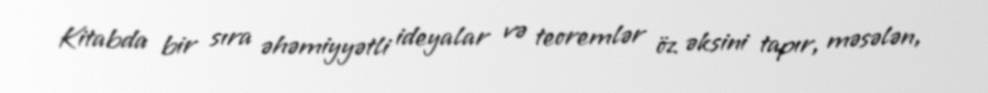
Kitabda bir sıra əhəmiyyətli ideyalar və teoremlər öz əksini tapır, məsələn,